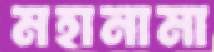
মহানামা